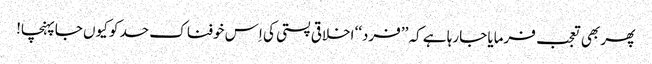
پھر بھی تعجب فرمایا جارہا ہے کہ ’’فرد‘‘ اخلاقی پستی کی اِس خوفناک حد کو کیوں جاپہنچا!